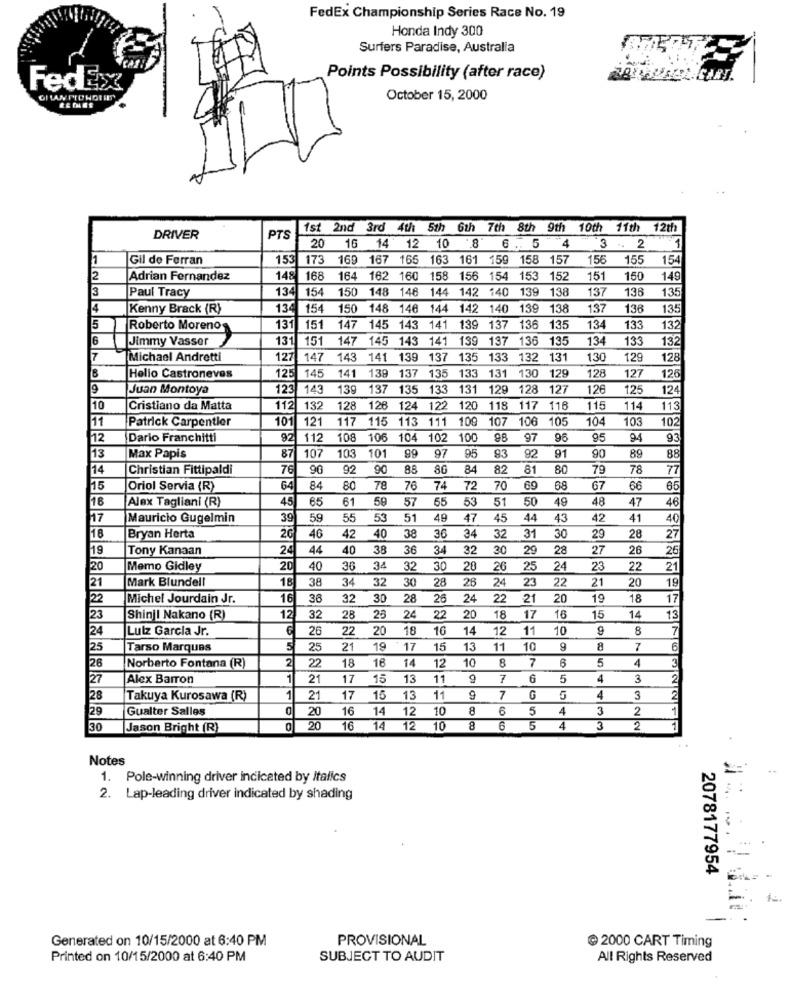
FedEx Championship Series Race No. 19
Honda Indy 300
Surfers Paradise, Australia
Points Possibility (after race)
FedEX
October 15, 2000
1st 2nd 3rd 4th 5th 6th 7th 8th 9th 10th 11th 12th
.8 .
DRIVER
PTS
20
16
14
12 10
3
2
6 ..
Gil de Ferran
153
173
169
167
165 163 161 159 158 157
156
155
154
2
Adrian Fernandez
148
168
164
162 160 158 156 154
153 152
151
150
149
3
Paul Tracy
134
154
150
148 148 144 142
140
139
138
137
136
135
4
Kenny Brack (R)
134
154
150
148 148 144 142 140 139
138
137
136
135
5
Roberto Moreno
131
151
147
145 143 141 139 137
136
135
134
133
132
6
Jimmy Vasser
131
151
147
145 143 141 139 137 136
135
134
133
132
7
Michael Andretti
127 147
143
141 139 137 135 133
132 131
130
129
128
B
139 137
135 133
129
Helio Castroneves
125 145
141
131 130
128
127
126
9
Juan Montoya
123 143
139 1
135
133
131
129 128 127
126
125
124
10
Cristiano da Matta
112 132
128 126
124
122
120 118 117 116
115
114
113
Patrick Carpentier
101 121
117 115
113 111 109
107
106
105
104
103
102
11
12
Dario Franchitti
92
112
108
106
104 102
100
97
96
95
94
Max Papis
87
107
101
99
95
93
91
89
88
13
103
97
92
90
14
Christian Fittipaldi
76
90
92
90
88
80
84
82
81
80
79
78
77
15
Oriol Servia (R)
64
84
80
78
76
74
72
70
69
68
67
66
65
16
Alex Tagliani (R)
45
65
61
59
57
55
53
51
50
49
48
47
46
17
Mauricio Gugelmin
39
59
55
53
51
49
47
45
44
43
42
41
40
40
38
36
34
32
31
30
27
18
Bryan Herta
26
46
42
29
28
19
Tony Kanaan
24
44
40
38
36
34
32
30
29
28
27
26
26
20
Memo Gidley
20
40
36
34
32
30
28
26
25
24
23
22
21
21
Mark Blundell
18
38
34
32
30
28
26
24
23
22
21
20
19
22
Michel Jourdain Jr.
16
38
32
30
28
26
24
22
21
20
19
18
17
20
23
Shinji Nakano (R)
12
32
28
25
24
22
18
17
16
15
14
13
24
Lulz Garcia Jr.
26
22
20
18
16
14
12
11
10
g
8
7
25
Tarso Marques
5
25
21
19
17
15
13
11
10
8
7
6
Norberto Fontana (R)
2
22
18
16
14
10
8
7
6
4
3
26
12
27
Alex Barron
1
21
17
15
13
11
9
7
6
5
4
3
2
28
Takuya Kurosawa (R)
1
21
17
15
13
11
7
4
3
2
29
Gualter Salles
0
20
16
14
12
10
8
6
5
4
3
2
1
30
Jason Bright (R)
20
16
14
12
10
6
5
4
3
2
1
Notes
1. Pole-winning driver indicated by italics
2. Lap-leading driver indicated by shading
2078177954
Generated on 10/15/2000 at 6:40 PM
PROVISIONAL
@ 2000 CART Timing
Printed on 10/15/2000 at 6:40 PM
SUBJECT TO AUDIT
All Rights Reserved